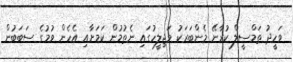
ވަހީދު ތަމްސީލް ކުރާނޭ މެންބަރަކު މަޖިލީހުގައި ނެތުމުން ކަމަށާއި އެހެން ވުމުގެ ސަބަބުން